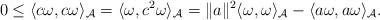
LaTeX: \begin{gather*}0 \leq \langle c\omega, c\omega\rangle_{\mathcal A}=\langle\omega, c^2\omega\rangle_{\mathcal A}=\|a\|^2\langle\omega,\omega\rangle_{\mathcal A}-\langle a\omega, a\omega\rangle_{\mathcal A}.\end{gather*}